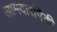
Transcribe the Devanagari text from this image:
आमदारांपैकी